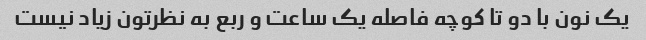
یک نون با دو تا کوچه فاصله یک ساعت و ربع به نظرتون زیاد نیست